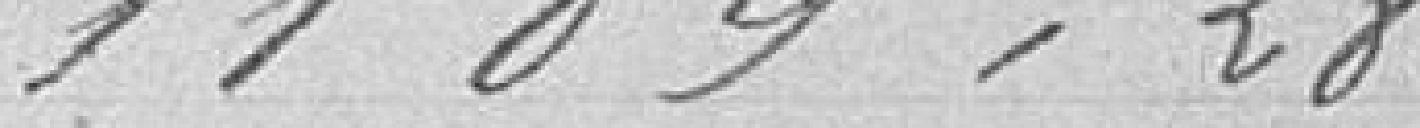
1109,28